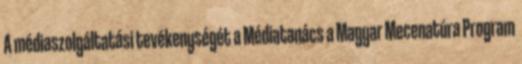
A médiaszolgáltatási tevékenységét a Médiatanács a Magyar Mecenatúra Program